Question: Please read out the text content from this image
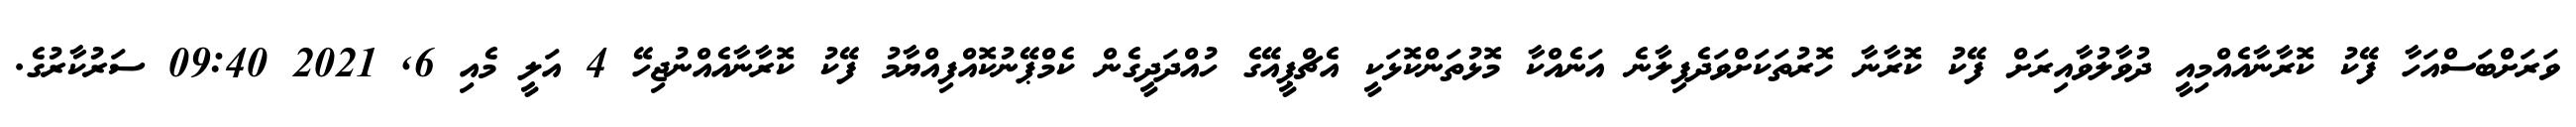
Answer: ވަރަށްބަސްއަހާ ފޭކު ކޮރާނާއެއްމިއީ ދުވާލުވާއިރަށް ފޭކު ކޮރާނާ ހޮރުތަކަށްވަދެފިލާނެ އަނެއްކާ މޮޅުތަންކޮޅަކީ އެޗްޕީއޭގެ ހުއްދަދީގެން ކެމްޕޭނުކޮއްފިއްޔާމު ފޭކު ކޮރާނާއެއްނުޖިހޭ 4 އަލީ މެއި 6, 2021 09:40 ސަރުކާރުގެ.